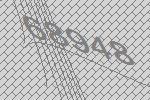
68948